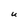
Character: u